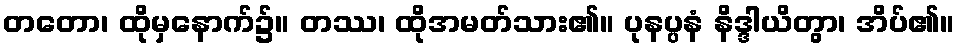
တတော၊ ထိုမှနောက်၌။ တဿ၊ ထိုအမတ်သား၏။ ပုနပ္ပနံ နိဒ္ဒါယိတွာ၊ အိပ်၏။